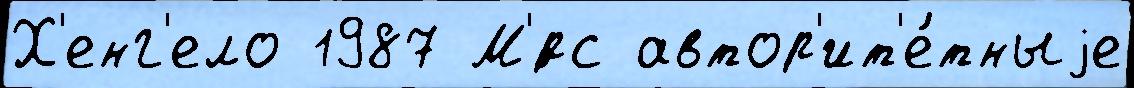
Х'енг'ело 1987 М'́рс автор'ит'е́тныjе